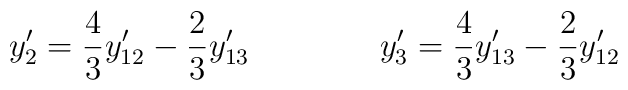
y'_2 =  {4\over 3}  y'_{12} - {2 \over 3}   y'_{13} \qquad    \qquad    y'_3 =  {4\over 3}  y'_{13} - {2 \over 3}   y'_{12}